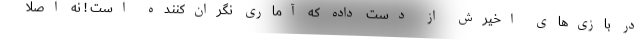
در بازی‌های اخیرش از دست داده که آماری نگران‌کننده است ! نه اصلاً